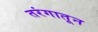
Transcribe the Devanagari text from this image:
तरंगातून